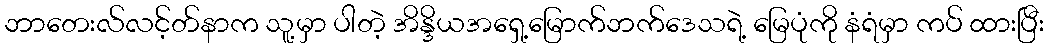
ဘာတေးလ်လင့်တ်နာက သူ့မှာ ပါတဲ့ အိန္ဒိယအရှေ့မြောက်ဘက်ဒေသရဲ့ မြေပုံကို နံရံမှာ ကပ် ထားပြီး